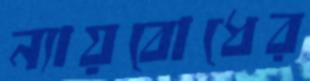
ন্যায়বোধের